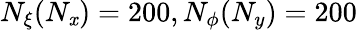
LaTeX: N_{\xi}(N_{\mathit{x}})=200,N_{\phi}(N_{y})=200